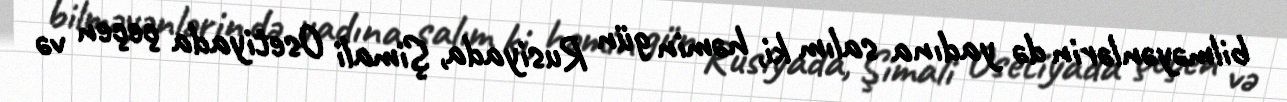
bilməyənlərin də yadına salım ki, həmin gün Rusiyada, Şimali Osetiyada çeçen və